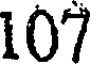
107